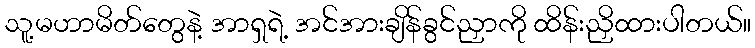
သူ့မဟာမိတ်တွေနဲ့ အာရှရဲ့ အင်အားချိန်ခွင်ညှာကို ထိန်းညှိထားပါတယ်။